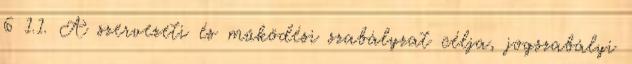
6 1.1. A szervezeti és működési szabályzat célja, jogszabályi